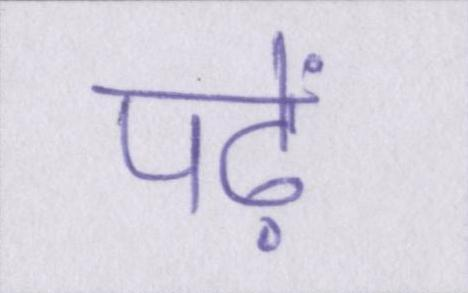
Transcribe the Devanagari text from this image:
पढ़ें